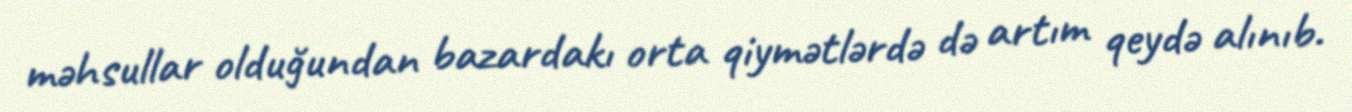
məhsullar olduğundan bazardakı orta qiymətlərdə də artım qeydə alınıb.